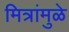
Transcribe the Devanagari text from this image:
मित्रांमुळे